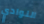
النوادي